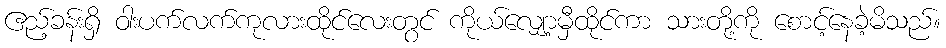
ဧည့်ခန်းရှိ ဝါးပက်လက်ကုလားထိုင်လေးတွင် ကိုယ်လျှော့မှီထိုင်ကာ သားတို့ကို စောင့်နေခဲ့မိသည်။